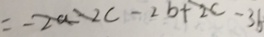
= - 2 a - 2 c - 2 b + 2 c - 3 b